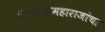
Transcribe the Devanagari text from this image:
शिवाजीमहाराजांचा